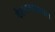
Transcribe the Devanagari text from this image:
वैश्याव्यवसाय